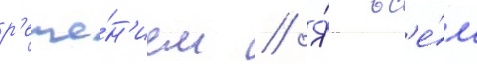
р'еше́н'ием // Я́ вс'е́м